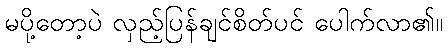
မပို့တော့ပဲ လှည့်ပြန်ချင်စိတ်ပင် ပေါက်လာ၏။